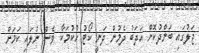
ޖަލުގައި ބަންދުކޮށް އަދަބު ދެމުން ދަނީ ކޯޓު ހުކުމަކާ ވެސް ނުލައި ކަމަށް